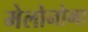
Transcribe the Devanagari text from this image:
मेलोनोमा